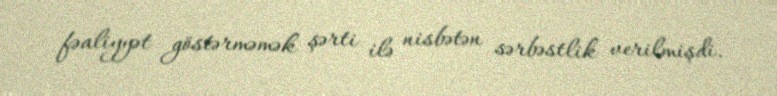
fəaliyyət göstərməmək şərti ilə nisbətən sərbəstlik verilmişdi.